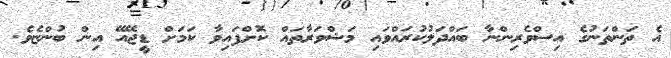
އެ ތަންތަނުގެ އިސްވެރިންނާ ބައްދަލުކުރައްވައި މަޝްވަރާތައް ކޮށްފައިވާ ކަމަށް ޑީޖޭއޭ އިން ބުންޏެވެ.